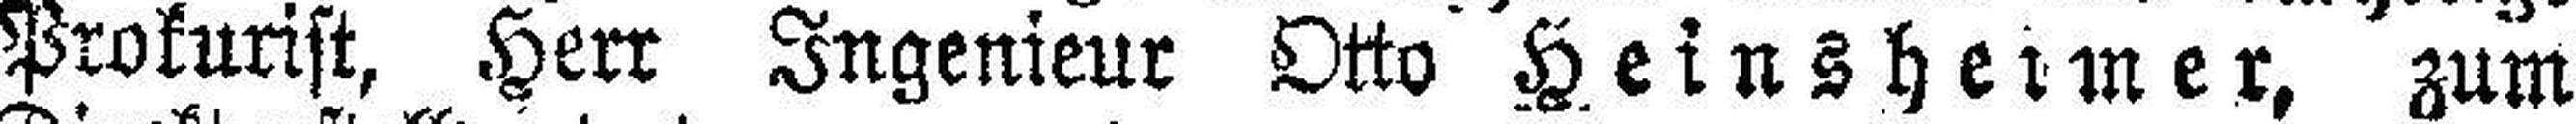
Prokurist, Herr Ingenieur Otto Heinsheimer, zum